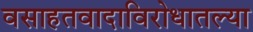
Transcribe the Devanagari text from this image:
वसाहतवादाविरोधातल्या